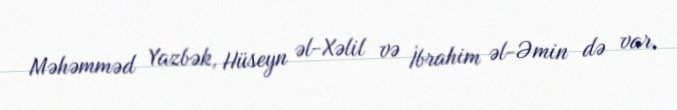
Məhəmməd Yazbək, Hüseyn əl-Xəlil və İbrahim əl-Əmin də var.